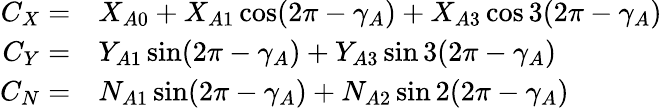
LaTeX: \begin{array}{r}{\begin{array}{rl}{C_{X}=}&{{}X_{A0}+X_{A1}\cos(2\pi-\gamma_{A})+X_{A3}\cos 3(2\pi-\gamma_{A})}\\ {C_{Y}=}&{{}Y_{A1}\sin(2\pi-\gamma_{A})+Y_{A3}\sin 3(2\pi-\gamma_{A})}\\ {C_{N}=}&{{}N_{A1}\sin(2\pi-\gamma_{A})+N_{A2}\sin 2(2\pi-\gamma_{A})}\end{array}}\end{array}